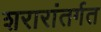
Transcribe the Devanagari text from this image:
शरारांतर्गत